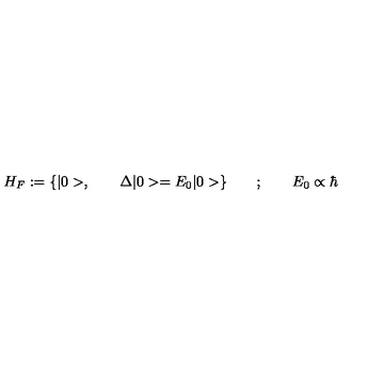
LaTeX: H _ { F } : = { \{ | 0 > , \qquad \Delta | 0 > = E _ { 0 } | 0 > } \} \qquad ; \qquad E _ { 0 } \propto \hbar